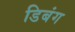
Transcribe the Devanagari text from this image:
डिबंग